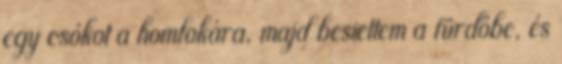
egy csókot a homlokára, majd besiettem a fürdőbe, és